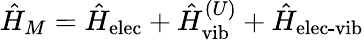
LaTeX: \hat{H}_{M}=\hat{H}_{\textrm{elec}}+\hat{H}_{\textrm{vib}}^{(U)}+\hat{H}_{\textrm{elec-vib}}